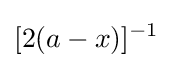
[2(a-x)]^{-1}